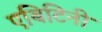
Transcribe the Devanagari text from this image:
एबिटिनी